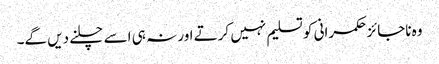
وہ ناجائز حکمرانی کو تسلیم نہیں کرتے اور نہ ہی اسے چلنے دیں گے۔